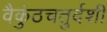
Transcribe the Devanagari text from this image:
वैकुंठचतुर्दशी